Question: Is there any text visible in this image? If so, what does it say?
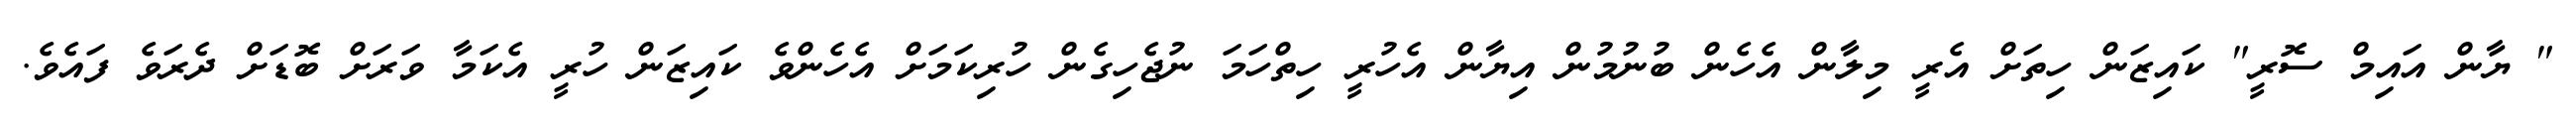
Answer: " ޔާން އައިމް ސޮރީ" ކައިޒަން ހިތަށް އެރީ މިލާން އެހެން ބުނުމުން އިޔާން އެހުރީ ހިތްހަމަ ނުޖެހިގެން ހުރިކަމަށް އެހެންވެ ކައިޒަން ހުރީ އެކަމާ ވަރަށް ބޮޑަށް ދެރަވެ ފައެވެ.